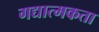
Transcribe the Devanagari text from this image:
गद्यात्मकता